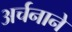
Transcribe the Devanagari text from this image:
अर्चनाने